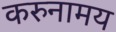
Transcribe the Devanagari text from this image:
करुनामय